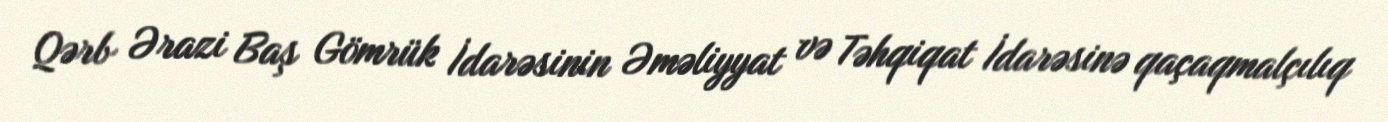
Qərb Ərazi Baş Gömrük İdarəsinin Əməliyyat və Təhqiqat İdarəsinə qaçaqmalçılıq